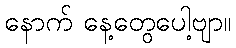
နောက် နေ့တွေပေါ့ဗျာ။